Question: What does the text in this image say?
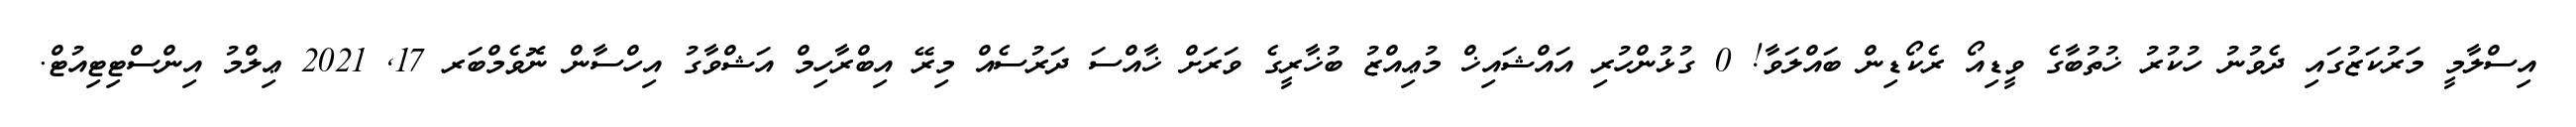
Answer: އިސްލާމީ މަރުކަޒުގައި ދެވުނު ހުކުރު ޚުތުބާގެ ވީޑިއޯ ރެކޯޑިން ބައްލަވާ! 0 ގުޅުންހުރި އައްޝައިޚް މުޢިއްޒު ބުޚާރީގެ ވަރަށް ޚާއްސަ ދަރުސެއް މިރޭ އިބްރާހިމް އަޝްވާގު އިހްސާން ނޮވެމްބަރ 17, 2021 ޢިލްމު އިންސްޓިޓިއުޓް.